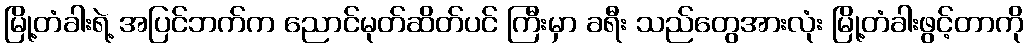
မြို့တံခါးရဲ့ အပြင်ဘက်က ညောင်မုတ်ဆိတ်ပင် ကြီးမှာ ခရီး သည်တွေအားလုံး မြို့တံခါးဖွင့်တာကို